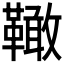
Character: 𩍉